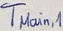
Text: TMain,1